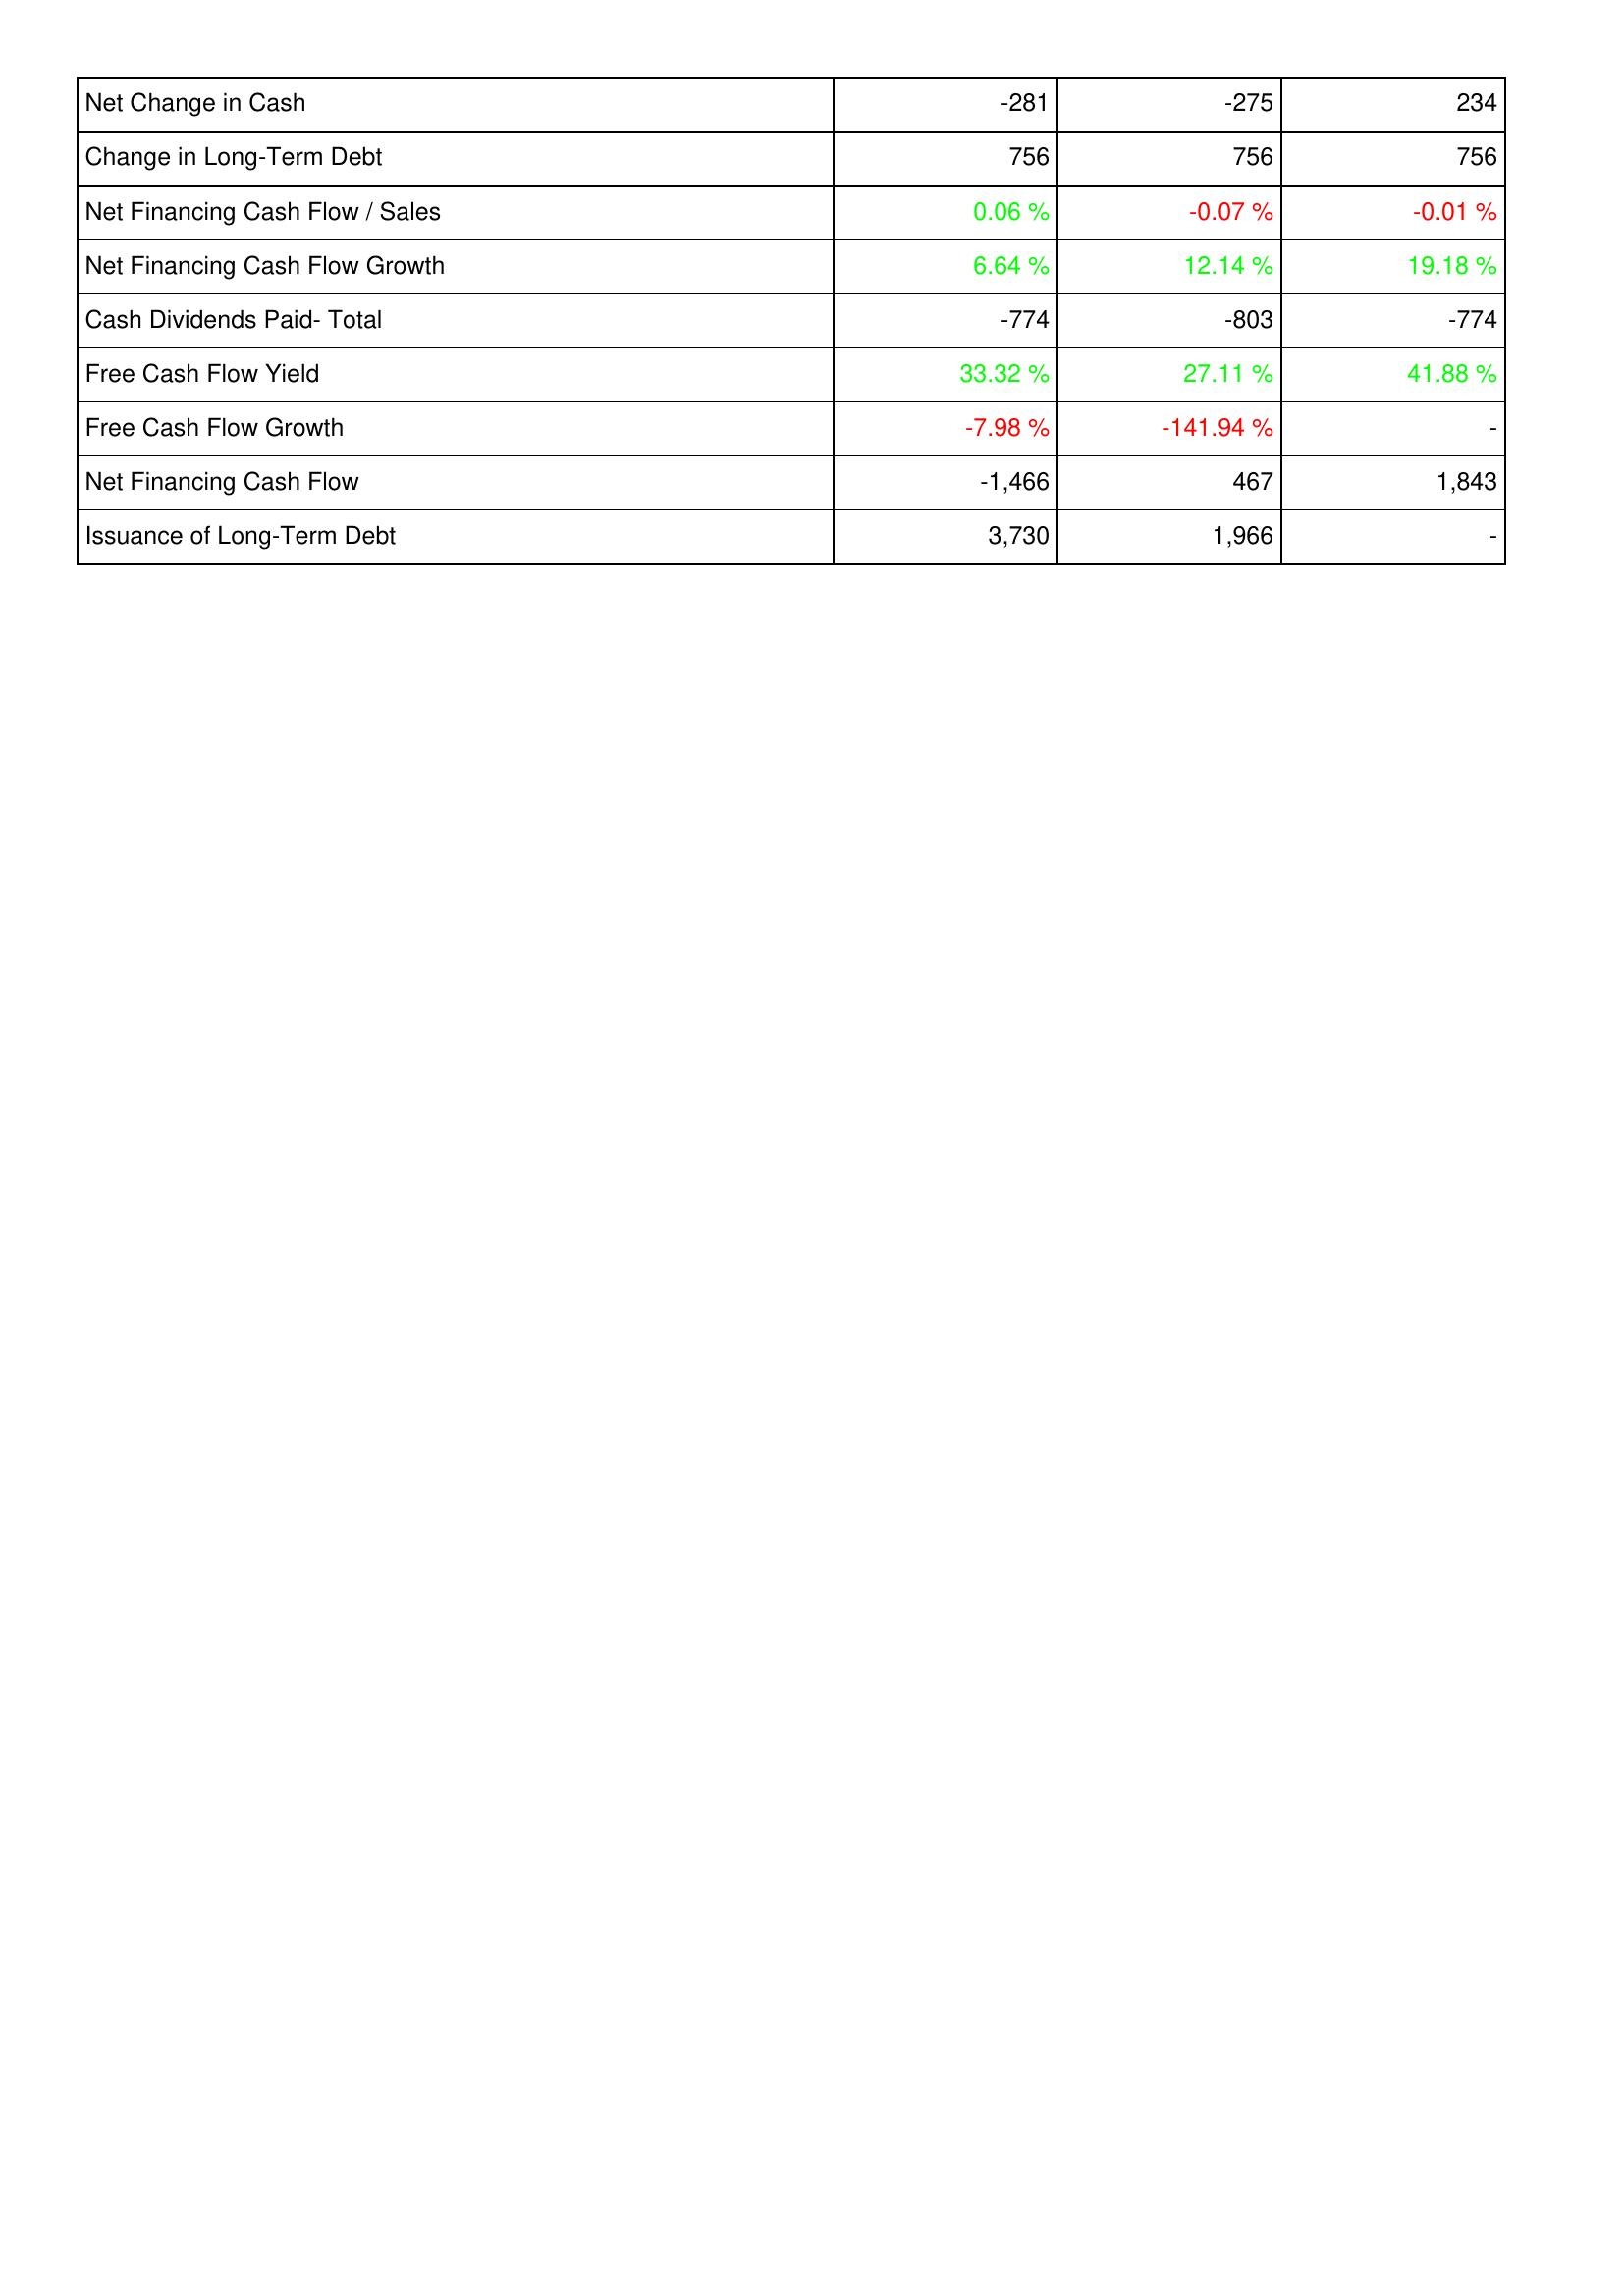
2017: Financing Activities: Net Change in Cash: -281
Change in Long-Term Debt: 756
Net Financing Cash Flow / Sales: 0.06 %
Net Financing Cash Flow Growth: 6.64 %
Cash Dividends Paid- Total: -774
Free Cash Flow Yield: 33.32 %
Free Cash Flow Growth: -7.98 %
Net Financing Cash Flow: -1,466
Issuance of Long-Term Debt: 3,730
2018: Financing Activities: Net Change in Cash: -275
Change in Long-Term Debt: 756
Net Financing Cash Flow / Sales: -0.07 %
Net Financing Cash Flow Growth: 12.14 %
Cash Dividends Paid- Total: -803
Free Cash Flow Yield: 27.11 %
Free Cash Flow Growth: -141.94 %
Net Financing Cash Flow: 467
Issuance of Long-Term Debt: 1,966
2019: Financing Activities: Net Change in Cash: 234
Change in Long-Term Debt: 756
Net Financing Cash Flow / Sales: -0.01 %
Net Financing Cash Flow Growth: 19.18 %
Cash Dividends Paid- Total: -774
Free Cash Flow Yield: 41.88 %
Free Cash Flow Growth: -
Net Financing Cash Flow: 1,843
Issuance of Long-Term Debt: -